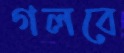
গলবে